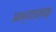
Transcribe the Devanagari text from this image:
अभ्यासक्